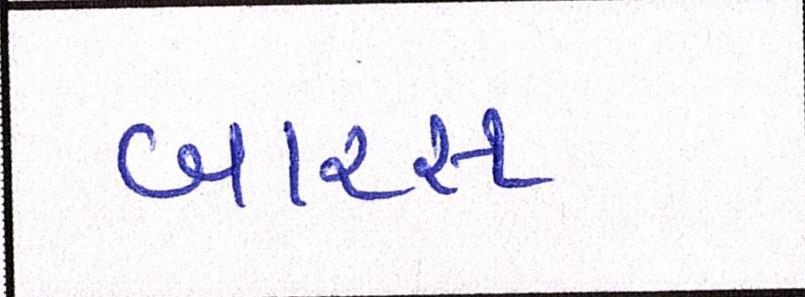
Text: બારસ